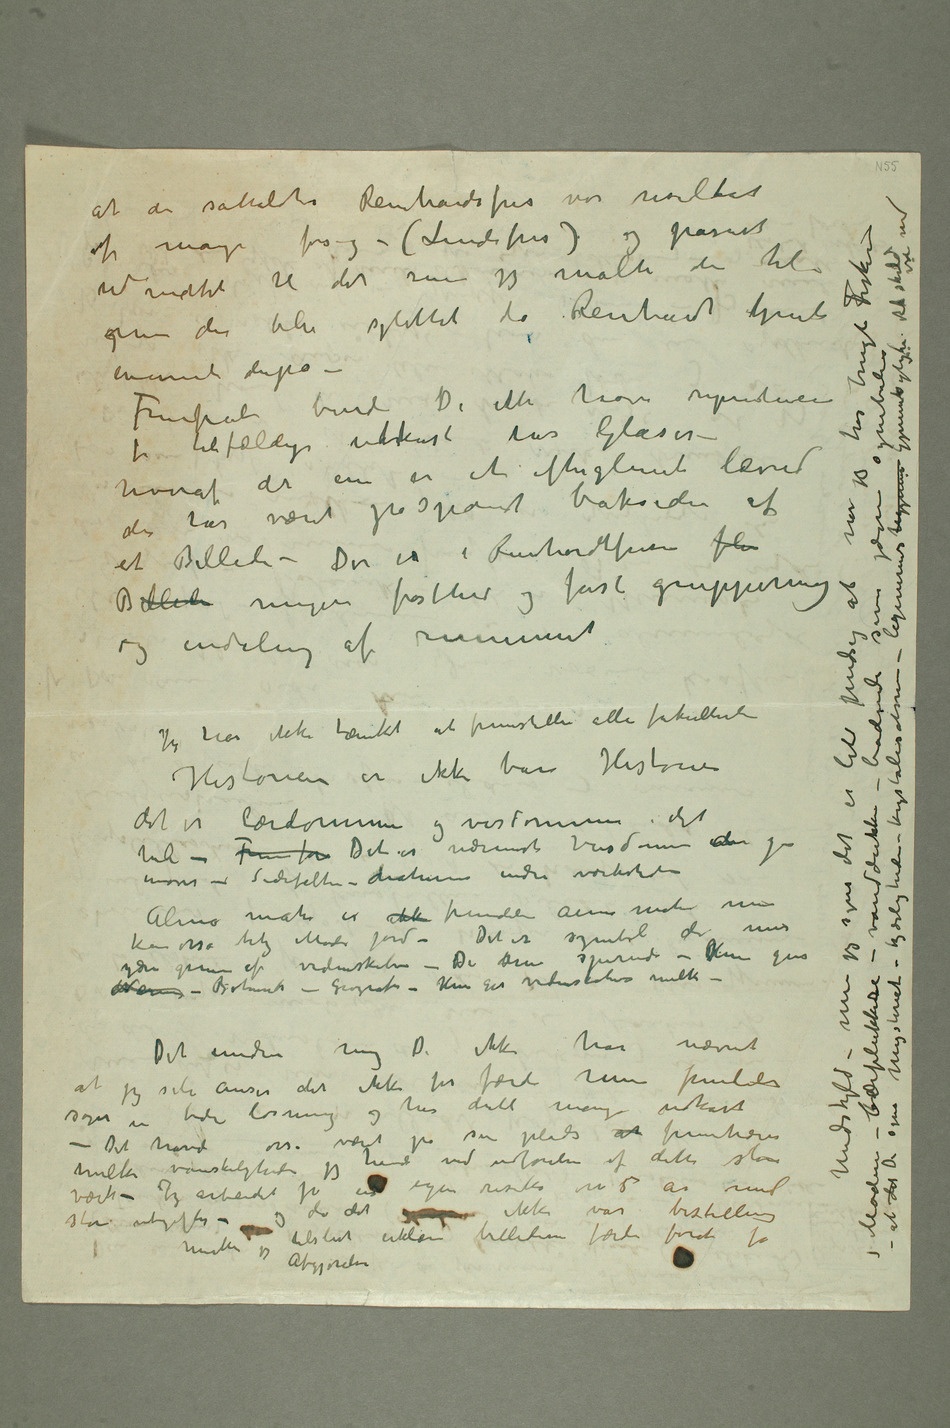
at den såkaldte Reinhardsfris var resultat
af mange forsøg – (Lindefris) og passet
enormt derpå –
et Billede – Der er i Reinhardtfrisen fle
og indeling af rummet
inover – Sidefeltene – dnaturens indre værksted
kan osså bety Moder Jord – Det er symbol over mer
– Det undrer mig De ikke har nævnt
værk – Jeg arbeidet jo ved egen risiko over 5 år med store utgifter – og da det
ikke var bestilling måtte jeg tilslut erklære billederne